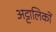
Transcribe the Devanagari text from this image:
अट्टालिकों